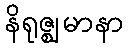
နိရုဇ္ဈမာနာ